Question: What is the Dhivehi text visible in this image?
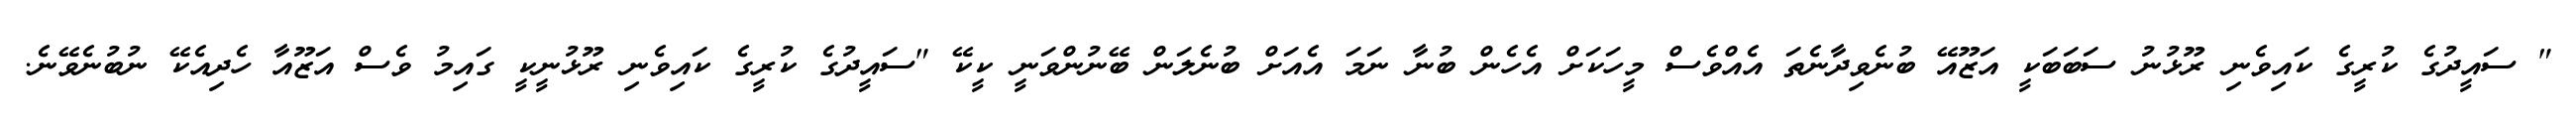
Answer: " ސައީދުގެ ކުރީގެ ކައިވެނި ރޫޅުނު ސަބަބަކީ އަޒޫއޭ ބުނެވިދާނެތަ އެއްވެސް މީހަކަށް އެހެން ބުނާ ނަމަ އެއަށް ބުނެލަން ބޭނުންވަނީ ކީކޭ "ސައީދުގެ ކުރީގެ ކައިވެނި ރޫޅުނީކީ ގައިމު ވެސް އަޒޫއާ ހެދިއެކޭ ނުބުނެވޭނެ.